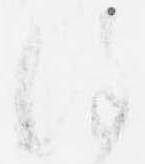
謹